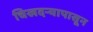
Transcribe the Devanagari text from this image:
चिखदऱ्यापासून